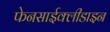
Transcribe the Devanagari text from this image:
फेनसाईक्लीडाइन